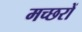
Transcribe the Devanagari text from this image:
मच्‍छरों